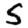
Digit: 5